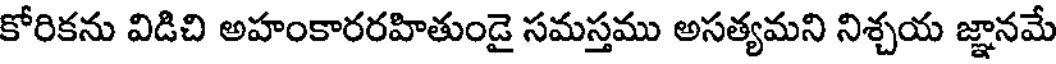
కోరికను విడిచి అహంకారరహితుండై సమస్తము అసత్యమని నిశ్చయ జ్ఞానమే